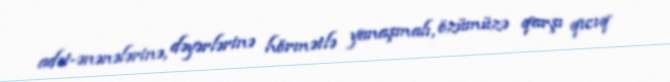
adət-ənənələrinə, dəyərlərinə hörmətlə yanaşmalı, özümüzə qarşı qıcıq